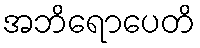
အဘိရောပေတိ